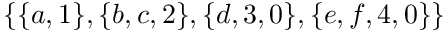
\{ \{ a , 1 \} , \{ b , c , 2 \} , \{ d , 3 , 0 \} , \{ e , f , 4 , 0 \} \}